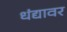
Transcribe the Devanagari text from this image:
धंद्यावर